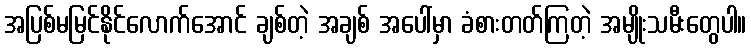
အပြစ်မမြင်နိုင်လောက်အောင် ချစ်တဲ့ အချစ် အပေါ်မှာ ခံစားတတ်ကြတဲ့ အမျိုးသမီးတွေပါ။